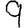
Digit: 9